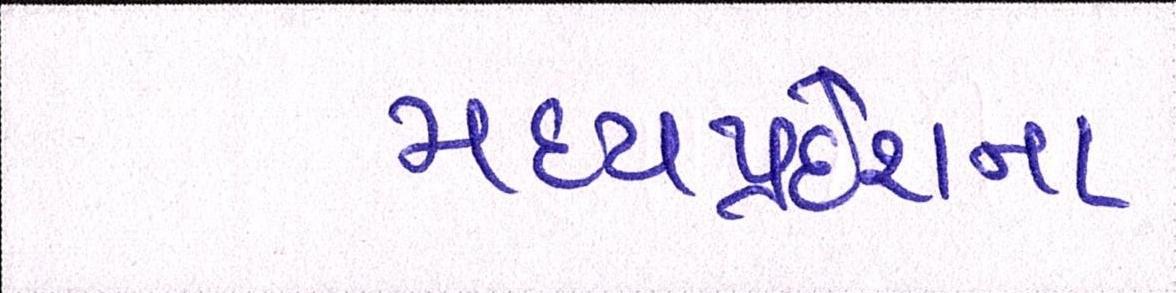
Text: મધ્યપ્રદેશના